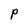
Character: P